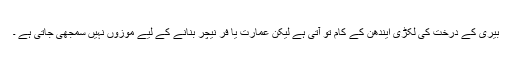
بیری کے درخت کی لکڑی ایندھن کے کام تو آتی ہے لیکن عمارت یا فر نیچر بنانے کے لیے موزوں نہیں سمجھی جاتی ہے ۔